Annual administration and progress report of the Indian Medical Department, Bombay
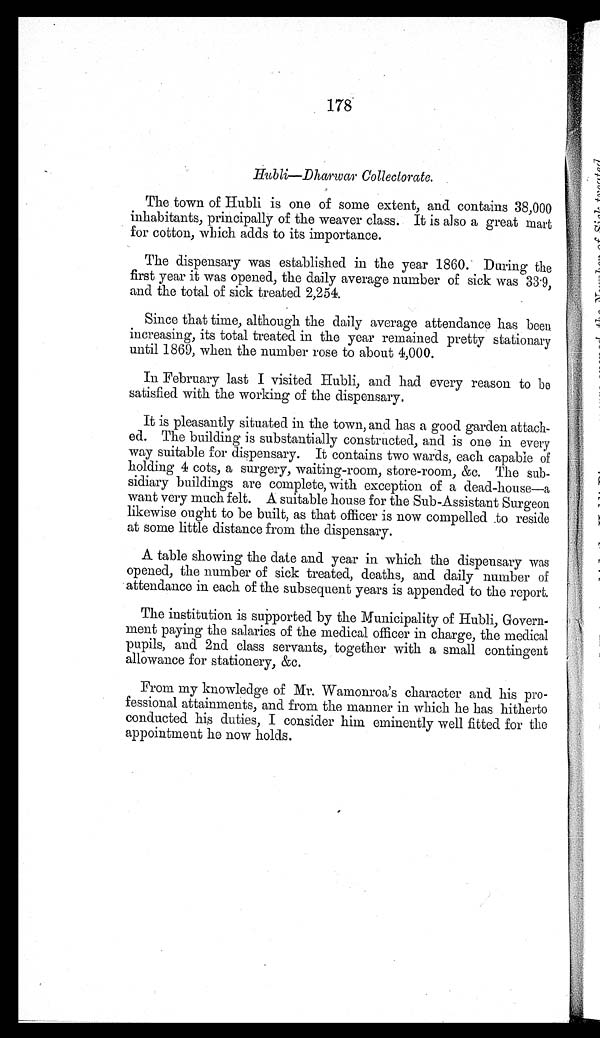
178
Hubli—Dharwar Collectorate.
The town of Hubli is one of some extent, and contains 38,000
inhabitants, principally of the weaver class. It is also a great mart
for cotton, which adds to its importance.
The dispensary was established in the year 1860. During the
first year it was opened, the daily average number of sick was 33.9,
and the total of sick treated 2,254.
Since that time, although the daily average attendance has been
increasing, its total treated in the year remained pretty stationary
until 1869, when the number rose to about 4,000.
In February last I visited Hubli, and had every reason to be
satisfied with the working of the dispensary.
It is pleasantly situated in the town, and has a good garden attach
-ed. The building is substantially constructed, and is one in every
way suitable for dispensary. It contains two wards, each capable of
holding 4 cots, a surgery, waiting-room, store-room, &c. The sub
-sidiary buildings are complete, with exception of a dead-house—a
want very much felt. A suitable house for the Sub-Assistant Surgeon
likewise ought to be built, as that officer is now compelled to reside
at some little distance from the dispensary.
A table showing the date and year in which the dispensary was
opened, the number of sick treated, deaths, and daily number of
attendance in each of the subsequent years is appended to the report.
The institution is supported by the Municipality of Hubli, Govern
-ment paying the salaries of the medical officer in charge, the medical
pupils, and 2nd class servants, together with a small contingent
allowance for stationery, &c.
From my knowledge of Mr. Wamonroa's character and his pro
-fessional attainments, and from the manner in which he has hitherto
conducted his duties, I consider him eminently well fitted for the
appointment he now holds.